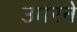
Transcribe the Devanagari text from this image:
उमरने